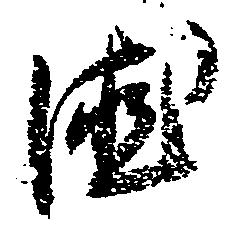
徳